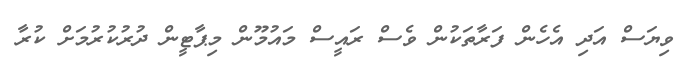
ވިޔަސް އަދި އެހެން ފަރާތަކުން ވެސް ރައީސް މައުމޫން މިޕާޓީން ދުރުކުރުމަށް ކުރާ